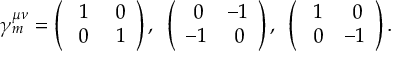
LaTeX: \gamma _ { m } ^ { \mu \nu } = \left( \begin{array} { c c } { { ~ 1 } } & { { ~ 0 } } \\ { { ~ 0 } } & { { ~ 1 } } \end{array} \right) , ~ \left( \begin{array} { c c } { { ~ 0 } } & { { - 1 } } \\ { { - 1 } } & { { ~ 0 } } \end{array} \right) , ~ \left( \begin{array} { c c } { { ~ 1 } } & { { ~ 0 } } \\ { { ~ 0 } } & { { - 1 } } \end{array} \right) .